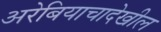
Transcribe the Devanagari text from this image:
अरेबियाचादेखील